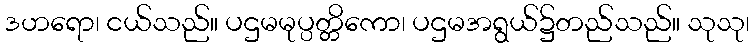
ဒဟရော၊ ငယ်သည်။ ပဌမမုပ္ပတ္တိကော၊ ပဌမအရွယ်၌တည်သည်။ သုသု၊